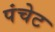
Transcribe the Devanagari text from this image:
पंचेट